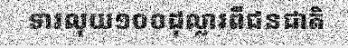
ទារលុយ១០០ដុល្លារពីជនជាតិ